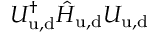
U _ { \mathrm { u , d } } ^ { \dagger } \hat { H } _ { \mathrm { u , d } } U _ { \mathrm { u , d } }